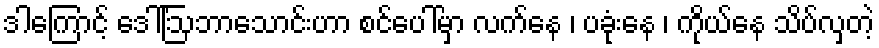
ဒါကြောင့် ဒေါ်ဩဘာသောင်းဟာ စင်ပေါ်မှာ လက်နေ ၊ ပခုံးနေ ၊ ကိုယ်နေ သိပ်လှတဲ့